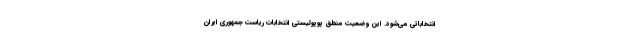
انتخاباتی می‌شود. این وضعیت منطق پوپولیستی انتخابات ریاست جمهوری ایران